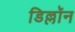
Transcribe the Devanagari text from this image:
डिल्लॉन